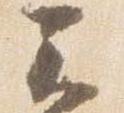
云